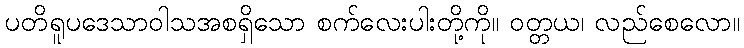
ပတိရူပဒေသာဝါသအစရှိသော စက်လေးပါးတို့ကို။ ဝတ္တယ၊ လည်စေလော။